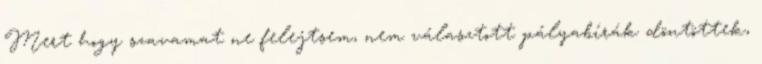
Mert hogy szavamat ne felejtsem, nem választott pályabírák döntöttek,